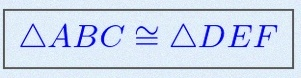
\triangle ABC\cong\triangle DEF